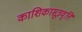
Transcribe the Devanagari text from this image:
काशिकासूत्रवृत्ति